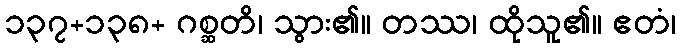
၁၃၇+၁၃၈+ ဂစ္ဆတိ၊ သွား၏။ တဿ၊ ထိုသူ၏။ ဧတံ၊